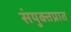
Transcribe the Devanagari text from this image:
संयुक्तप्रात